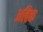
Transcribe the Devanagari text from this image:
अहिक